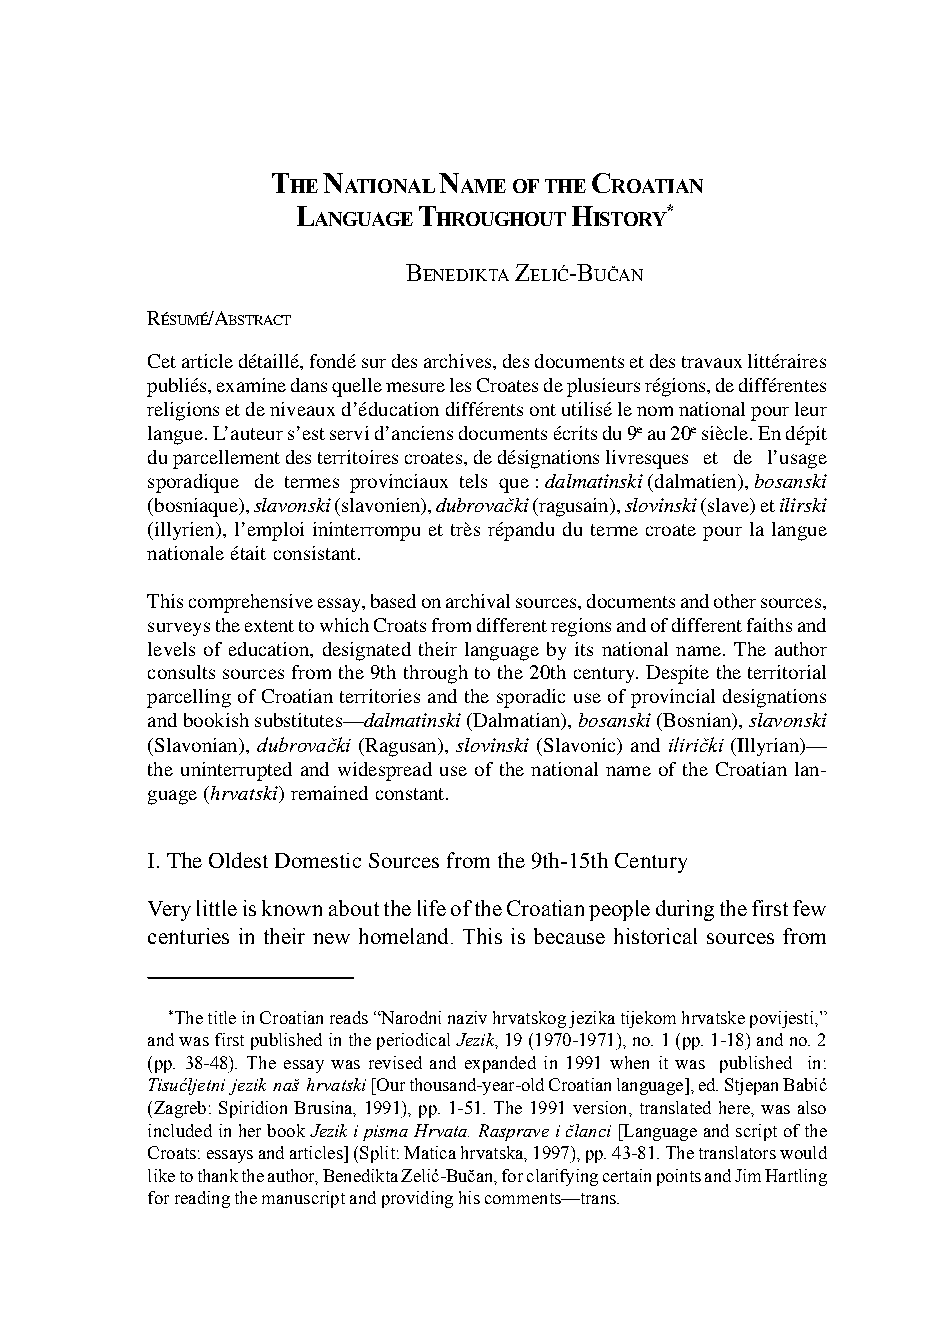
61
 T  N       N         C
 HE  ATIONAL AMEOFTHE ROATIAN
 L       T         H     *
 ANGUAGE HROUGHOUT ISTORY
 BENEDIKTA ZELIĆ-BUČAN
 RÉSUMÉ/ABSTRACT
 Cet article détaillé, fondé sur des archives, des documents et des travaux littéraires
 publiés, examine dans quelle mesure les Croates de plusieurs régions, de différentes
 religions et de niveaux d’éducation différents ont utilisé le nom national pour leur
 langue. L’auteur s’est servi d’anciens documents écrits du 9e au 20e siècle. En dépit
 du parcellement des territoires croates, de désignations livresques et de l’usage
 sporadique de termes provinciaux tels que : dalmatinski (dalmatien), bosanski
 (bosniaque), slavonski (slavonien), dubrovački (ragusain), slovinski (slave) et ilirski
 (illyrien), l’emploi ininterrompu et très répandu du terme croate pour la langue
 nationale était consistant.
 This comprehensive essay, based on archival sources, documents and other sources,
 surveys the extent to which Croats from different regions and of different faiths and
 levels of education, designated their language by its national name. The author
 consults sources from the 9th through to the 20th century. Despite the territorial
 parcelling of Croatian territories and the sporadic use of provincial designations
 and bookish substitutes—dalmatinski (Dalmatian), bosanski (Bosnian), slavonski
 (Slavonian), dubrovački (Ragusan), slovinski (Slavonic) and ilirički (Illyrian)—
 the uninterrupted and widespread use of the national name of the Croatian lan-
 guage (hrvatski) remained constant.
 I. The Oldest Domestic Sources from the 9th-15th Century
 Very little is known about the life of the Croatian people during the first few
 centuries in their new homeland. This is because historical sources from
 *The title in Croatian reads “Narodni naziv hrvatskog jezika tijekom hrvatske povijesti,”
 and was first published in the periodical Jezik, 19 (1970-1971), no. 1 (pp. 1-18) and no. 2
 (pp. 38-48). The essay was revised and expanded in 1991 when it was published in:
 Tisućljetni jezik naš hrvatski [Our thousand-year-old Croatian language], ed. Stjepan Babić
 (Zagreb: Spiridion Brusina, 1991), pp. 1-51. The 1991 version, translated here, was also
 included in her book Jezik i pisma Hrvata. Rasprave i članci [Language and script of the
 Croats: essays and articles] (Split: Matica hrvatska, 1997), pp. 43-81. The translators would
 like to thank the author, Benedikta Zelić-Bučan, for clarifying certain points and Jim Hartling
 for reading the manuscript and providing his comments—trans.